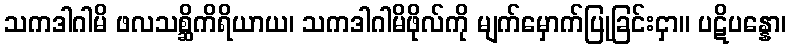
သကဒါဂါမိ ဖလသစ္ဆိကိရိယာယ၊ သကဒါဂါမိဖိုလ်ကို မျက်မှောက်ပြုခြင်းငှာ။ ပဋိပန္နော၊